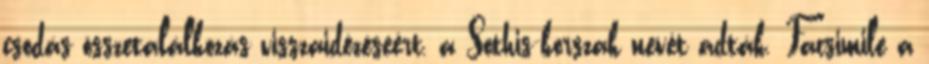
csodás összetalálkozás visszaidézéseért, a Sothis-korszak nevét adták. Facsimile a